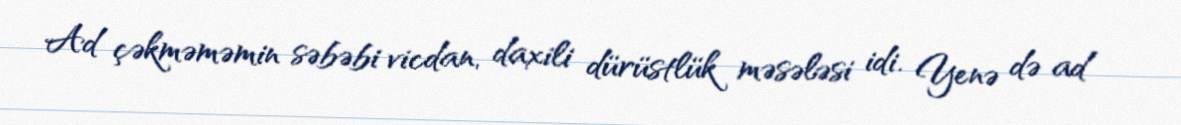
Ad çəkməməmin səbəbi vicdan, daxili dürüstlük məsələsi idi. Yenə də ad